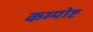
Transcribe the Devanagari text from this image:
कम्पोष्ट